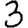
Digit: 3